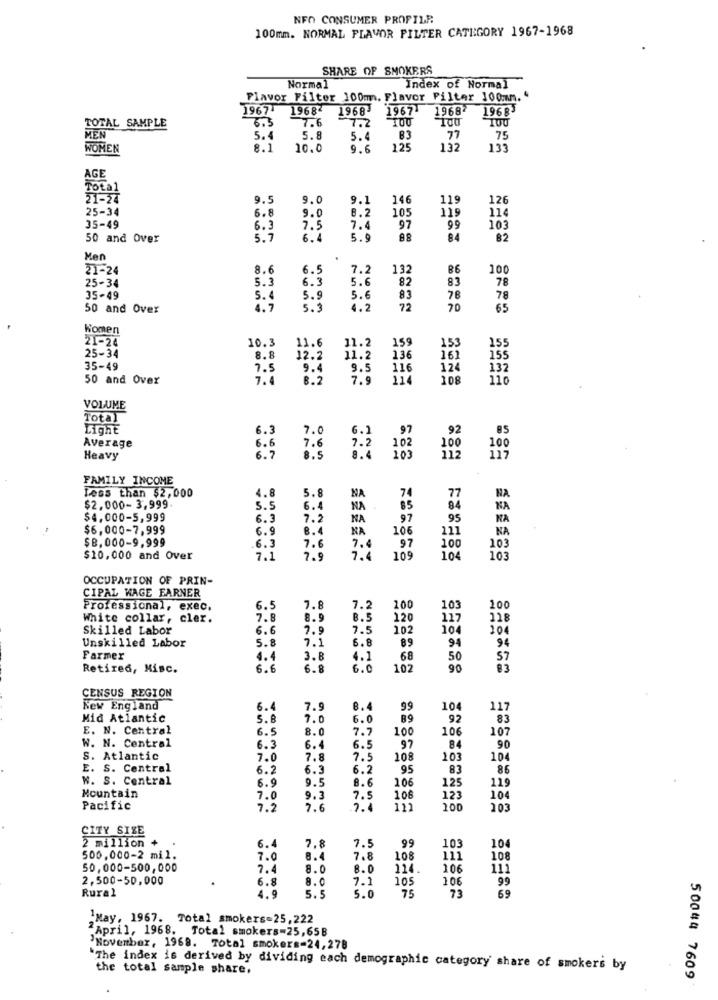
NFO CONSUMER PROFILR
100mm. NORMAL FLAVOR FILTER CATEGORY 1967-1968
SHARE OF SMOKERS
Normal
Index of Normal
Flavor Filter 100mm. Flavor Pilter 100mmm. "
1967- 19684
1968
1967
19687
196 8
TOTAL SAMPLE
6.3
7.6
7.2
MEN
5.4
5.8
5.4
83
77
75
WOMEN
8.1
10.0
9.6
125
132
133
AGE
Total
21-24
9.5
9.0
9.1
146
119
126
25-34
6.8
8.2
105
119
114
9.0
35-49
6.3
7.5
7.4
97
99
103
50 and Over
5.7
6.4
5.9
84
82
Men
21-24
8.6
6.5
7.2
132
B6
100
5.3
6.3
5.6
82
83
78
25-34
35-49
5.4
5.9
5.6
83
78
78
50 and Over
4.7
5.3
4.2
72
70
65
Women
21-24
10.3
11.6
11.2
159
25-34
153
155
8.8
12.2
11.2
136
161
155
35-49
7.5
9.4
9.5
116
124
132
50 and Over
7.4
8.2
7.9
214
108
110
VOLUME
Total
Light
6.3
7.0
6.1
97
92
Average
102
6.6
7.6
8.4
7.2
100
100
Heavy
6.7
8.5
103
112
117
FAMILY INCOME
4.8
5.8
NA
74
77
Less than $2,000
NA
$2,000- 3,999.
5.5
6.4
NA
85
84
NA
$4,000-5,999
6.3
7.2
NA
97
95
NA
$6,000-7,999
6.9
NA
106
111
NA
$8.000-9,999
97
6.3
7.6
7.4
100
103
$10,000 and Over
7.1
7.9
7.4
109
104
103
OCCUPATION OF PRIN-
CIPAL WAGE FARNER
Professional, exec.
6.5
7.8
7.2
100
103
100
White collar, cler.
7.8
8.9
8.5
120
117
118
Skilled Labor
6.6
7.9
7.5
207
104
104
Unskilled Labor
5.8
7.1
6.8
89
94
94
Farmer
4.4
3.8
4.1
68
50
57
Retired, Misc.
6.6
6.8
6.0
102
90
83
CENSUS REGION
New England
6.4
7.9
8.4
99
104
117
Mid Atlantic
5.8
7.0
6.0
89
92
83
E. N. Central
6.5
8.0
7.7
100
106
107
W. N. Central
6.3
6.4
6 .!
97
84
90
S. Atlantic
7.0
7.8
7.5
108
103
104
E. S. Central
6.2
6.3
6.2
95
83
86
W. S. Central
8.6
106
119
Mountain
6.9
9.5
125
7.0
9.3
7.5
106
123
104
Pacific
7.2
7.6
2.4
111
100
103
CITY SIZE
2 million +
6.4
7.5
99
10
104
7.8
500,000-2 mil.
7.0
8.4
7.8
108
111
108
50,000-500,000
8.0
8.0
214.
106
111
2,500-50,000
6.8
8.0
7.1
105
106
99
Rural
75
73
4.9
5.5
5.0
69
'May, 1967. Total smokers=25,222
"April, 1968. Total smokers=25,65B
November, 1968. Total smokers-24,278
The index is derived by dividing each demographic category share of smokers by
the total sample share.
50044 7609